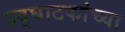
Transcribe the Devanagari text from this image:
उद्घाटकांच्या